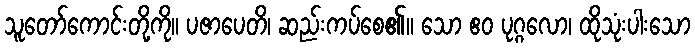
သူတော်ကောင်းတို့ကို။ ပဇာပေတိ၊ ဆည်းကပ်စေ၏။ သော ဧဝ ပုဂ္ဂလော၊ ထိုသုံးပါးသော